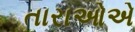
તારાઓએ